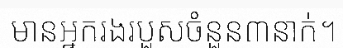
មានអ្នករងរបួសចំនួន៣នាក់។